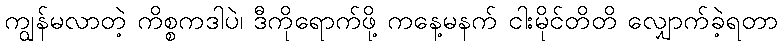
ကျွန်မလာတဲ့ ကိစ္စကဒါပဲ၊ ဒီကိုရောက်ဖို့ ကနေ့မနက် ငါးမိုင်တိတိ လျှောက်ခဲ့ရတာ